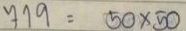
719 = 50 x 50